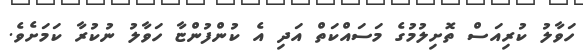
ހަވާލު ކުރިއަސް ތޮށިލުމުގެ މަސައްކަތް އަދި އެ ކުންފުންޏާ ހަވާލު ނުކުރާ ކަމަށެވެ.